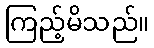
ကြည့်မိသည်။